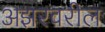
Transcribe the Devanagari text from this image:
अझरवरील